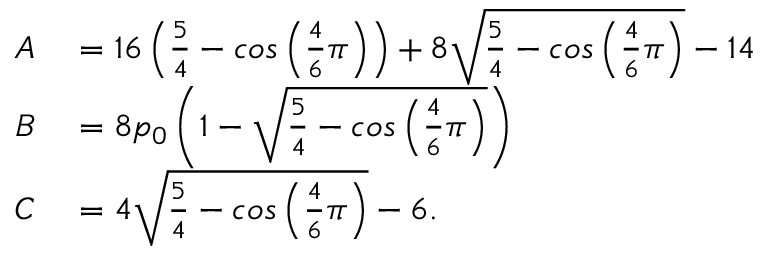
\begin{array} { r l } { A } & { { } = 1 6 \left( \frac { 5 } { 4 } - c o s \left( \frac { 4 } { 6 } \pi \right) \right) + 8 \sqrt { \frac { 5 } { 4 } - c o s \left( \frac { 4 } { 6 } \pi \right) } - 1 4 } \\ { B } & { { } = 8 p _ { 0 } \left( 1 - \sqrt { \frac { 5 } { 4 } - c o s \left( \frac { 4 } { 6 } \pi \right) } \right) } \\ { C } & { { } = 4 \sqrt { \frac { 5 } { 4 } - c o s \left( \frac { 4 } { 6 } \pi \right) } - 6 . } \end{array}